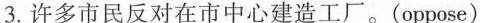
3.许多市民反对在市中心建造工厂。(oppose)